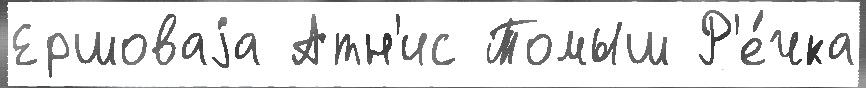
Ершоваjа Атн'ис Томыш Р'е́чка